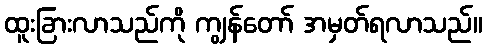
ထူးခြားလာသည်ကို ကျွန်တော် အမှတ်ရလာသည်။